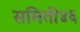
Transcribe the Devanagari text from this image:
समिती४६